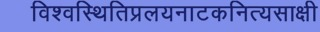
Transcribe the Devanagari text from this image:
विश्वस्थितिप्रलयनाटकनित्यसाक्षी